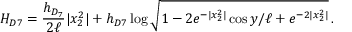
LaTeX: H _ { D 7 } = \frac { h _ { D _ { 7 } } } { 2 \ell } | x _ { 2 } ^ { 2 } | + h _ { D 7 } \log { \sqrt { 1 - 2 e ^ { - | x _ { 2 } ^ { 2 } | } \cos { y / \ell } + e ^ { - 2 | x _ { 2 } ^ { 2 } | } } } \, .